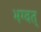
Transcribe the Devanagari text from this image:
भग्वत्